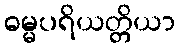
ဓမ္မပရိယတ္တိယာ